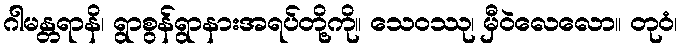
ဂါမန္တရာနိ၊ ရွာစွန်ရွာနားအရပ်တို့ကို။ သေဝဿု၊ မှီဝဲလေလော။ တုဝံ၊